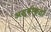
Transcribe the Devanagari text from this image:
अस्‍वीकृतों